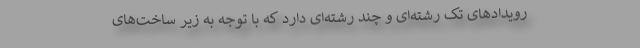
رویدادهای تک رشته‌ای و چند رشته‌ای دارد که با توجه به زیر ساخت‌های